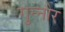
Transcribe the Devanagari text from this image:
गुन्‍नौर